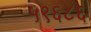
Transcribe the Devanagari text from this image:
५९६८६